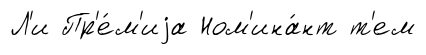
Л'и Пр'е́м'иjа Ном'ина́нт т'ем